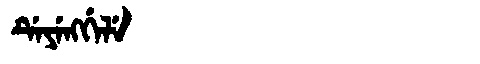
Manchu: ᡩᡝᠶᡝᠩᡤᡝᠯᡝ
Romanization: DEYENGGELE